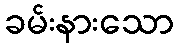
ခမ်းနားသော